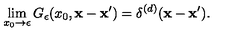
\lim _ { x _ { 0 } \to \epsilon } G _ { \epsilon } ( x _ { 0 } , { \bf x } - { \bf x } ^ { \prime } ) = \delta ^ { ( d ) } ( { \bf x } - { \bf x } ^ { \prime } ) .